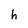
Character: h